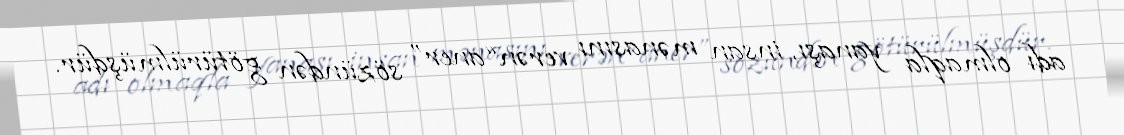
adı olmaqla yanaşı, insan mənasını verən “aner” sözündən götürülmüşdür.